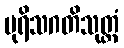
ပုရိသဂတိသုတ္တံ